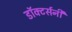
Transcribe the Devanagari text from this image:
डॉक्टर्सनी